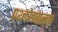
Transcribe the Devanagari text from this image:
प्रश्नोत्तरात्मक